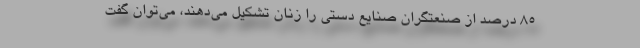
۸۵ درصد از صنعتگران صنایع دستی را زنان تشکیل می‌دهند، می‌توان گفت